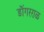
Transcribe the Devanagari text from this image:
डॊंगरराळ